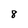
Character: 8